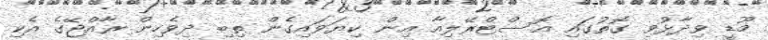
މޫޑީ ވިދާޅުވި ގޮތުގައި އޮސްޓްރޭލިއާ އިން ކިޔަވައިގެން ތިބި ދިވެހިން ރާއްޖޭގެ އެކި